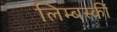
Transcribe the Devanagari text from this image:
लिम्बर्स्की